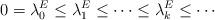
LaTeX: \begin{align*}0=\lambda_0^E\leq\lambda_1^E\leq\cdots\leq\lambda_k^E\leq\cdots\end{align*}